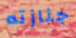
جنازته